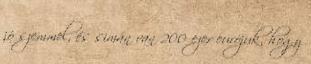
jó szemmel, és simán van 200 ezer eurójuk, hogy